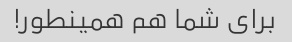
برای شما هم همینطور!